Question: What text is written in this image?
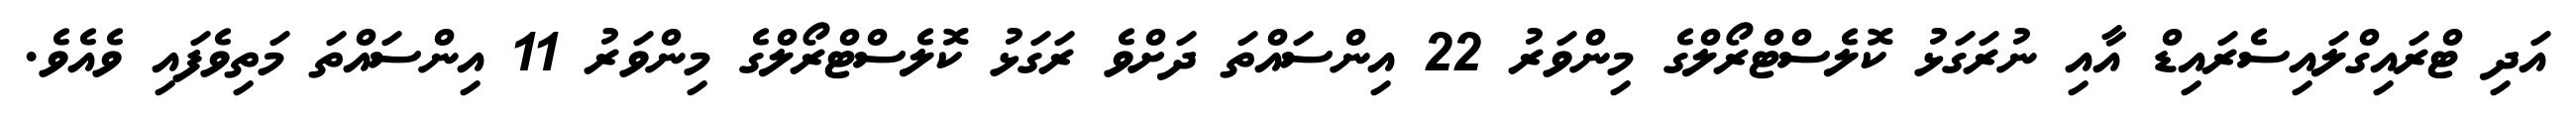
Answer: އަދި ޓްރައިގްލައިސެރައިޑް އާއި ނުރަގަޅު ކޮލެސްޓްރޯލްގެ މިންވަރު 22 އިންސައްތަ ދަށްވެ ރަގަޅު ކޮލެސްޓްރޯލްގެ މިންވަރު 11 އިންސައްތަ މަތިވެފައި ވެއެވެ.